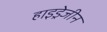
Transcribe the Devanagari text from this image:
हाइड्रेजीन